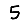
Digit: 5